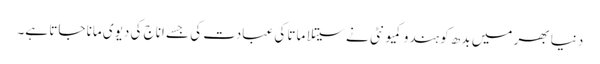
دنیا بھر میں بدھ کو ہندو کمیونٹی نے سیتلا ماتا کی عبادت کی جسے اناج کی دیوی مانا جاتا ہے۔